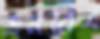
এনবিএ